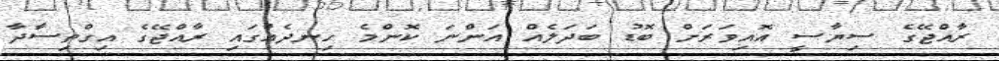
ރާއްޖޭގެ ސިޔާސީ އޮއިވަރަށް ބޮޑު ބަދަލެއް އަންނަ ކޮންމެ ހިނދެއްގައި ރާއްޖޭގެ އިގްތިސާދާ